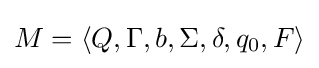
M=\langle Q,\Gamma ,b,\Sigma ,\delta ,q_{0},F\rangle